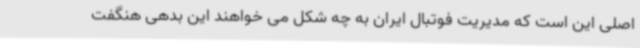
اصلی این است که مدیریت فوتبال ایران به چه شکل می خواهند این بدهی هنگفت